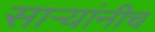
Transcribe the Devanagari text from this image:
सार्‍यांनीच